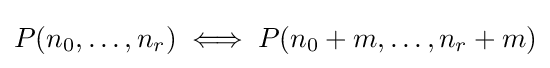
P(n_{0},\dots ,n_{r})\iff P(n_{0}+m,\dots ,n_{r}+m)